Reports on military cantonments and civil stations in the Presidency of Bombay inspected by the Sanitary Commissioner in the years 1875 and 1876
Year: 1875
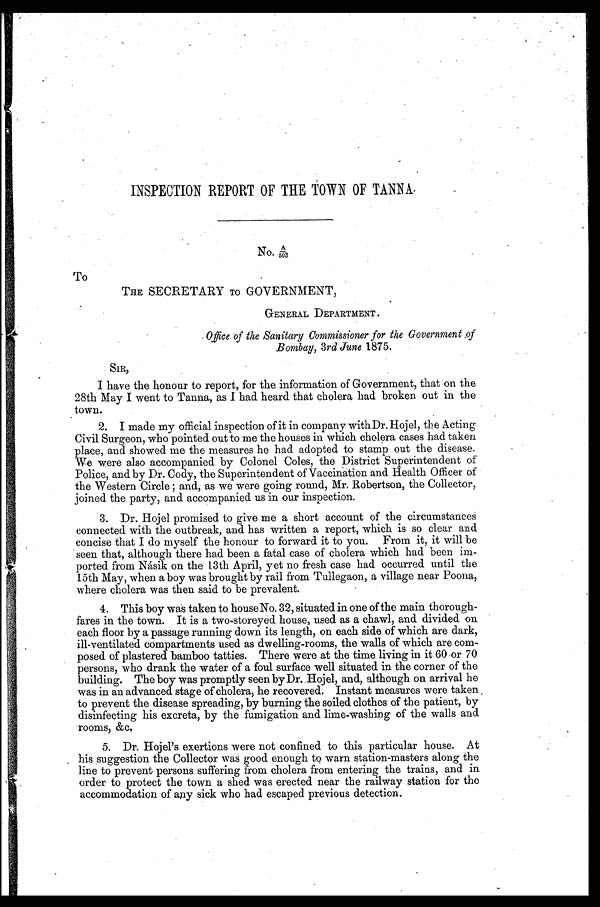
INSPECTION REPORT OF THE TOWN OF TANNA.
No. A/ 503
To
THE SECRETARY TO GOVERNMENT,
GENERAL DEPARTMENT.
Office of the Sanitary Commissioner for the Government of
Bombay, 3 rd June 1875.
SIR,
I have the honour to report, for the information of Government, that on the
28th May I went to Tanna, as I had heard that cholera had broken out in the
town.
2. I made my official inspection of it in company with Dr. Hojel, the Acting
Civil Surgeon, who pointed out to me the houses in which cholera cases had taken
place, and showed me the measures he had adopted to stamp out the disease.
We were also accompanied by Colonel Coles, the District Superintendent of
Police, and by Dr. Cody, the Superintendent of Vaccination and Health Officer of
t he Wes t er n Ci r cl e; and, as we wer e goi ng r ound, Mr . Rober t s on, t he Col l ect or ,
joined the party, and accompanied us in our inspection.
3. Dr. Hojel promised to give me a short account of the circumstances
connected with the outbreak, and has written a report, which is so clear and
concise that I do myself the honour to forward it to you. From it, it will be
seen that, although there had been a fatal case of cholera which had been im-
- p o r t e d f r o m N á s i k o n t h e 1 3 t h A p r i l , y e t n o f r e s h c a s e h a d o c c u r r e d u n t i l t h e
15th May, when a boy was brought by rail from Tullegaon, a village near Poona,
where cholera was then said to be prevalent.
4. This boy was taken to house No. 32, situated in one of the main thorough-
- f a r e s i n t h e t o w n . I t i s a t w o - s t o r e y e d h o u s e , u s e d a s a c h a w l , a n d d i v i d e d o n
each floor by a passage running down its length, on each side of which are dark,
ill-ventilated compartments used as dwelling-rooms, the walls of which are com-
- p o s e d o f p l a s t e r e d b a m b o o t a t t i e s . T h e r e w e r e a t t h e t i m e l i v i n g i n i t 6 0 o r 7 0
persons, who drank the water of a foul surface well situated in the corner of the
building. The boy was promptly seen by Dr. Hojel, and, although on arrival he
was in an advanced stage of cholera, he recovered. Instant measures were taken
to prevent the disease spreading, by burning the soiled clothes of the patient, by
disinfecting his excreta, by the fumigation and lime-washing of the walls and
rooms, &c.
5. Dr. Hojel's exertions were not confined to this particular house. At
his suggestion the Collector was good enough to warn station-masters along the
line to prevent persons suffering from cholera from entering the trains, and in
order to protect the town a shed was erected near the railway station for the
accommodation of any sick who had escaped previous detection.